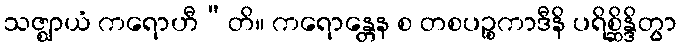
သဇ္ဈာယံ ကရောဟီ”တိ။ ကရောန္တေန စ တစပဉ္စကာဒီနိ ပရိစ္ဆိန္ဒိတွာ